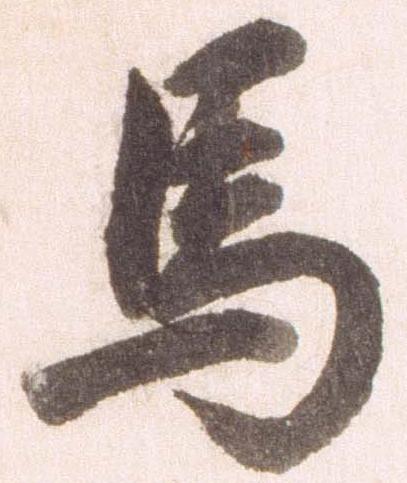
馬